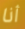
أنا